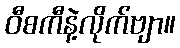
ဝီစကီနဲ့လိုက်ဗျာ။